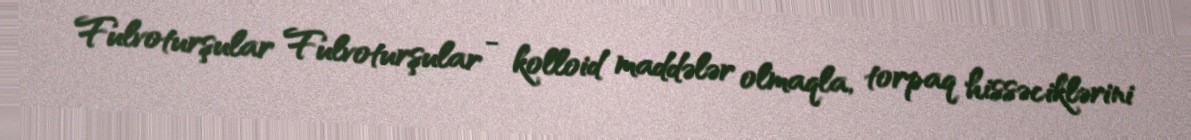
Fulvoturşular Fulvoturşular - kolloid maddələr olmaqla, torpaq hissəciklərini